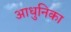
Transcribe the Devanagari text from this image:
आधुनिका